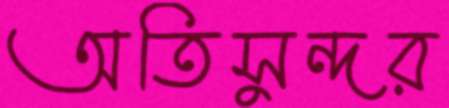
অতিসুন্দর